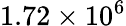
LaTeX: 1.72\times 10^{6}